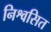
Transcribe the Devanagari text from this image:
निश्वसित